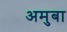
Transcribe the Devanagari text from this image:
अमुबा